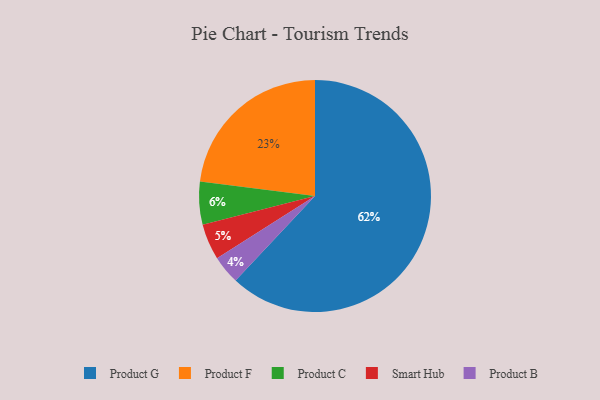
{"axis": {"x": "Category", "y": "Percentage"}, "legend": ["Product B", "Product C", "Product F", "Product G", "Smart Hub"], "data": [{"x": "Product B", "y": 4, "type": "Product B"}, {"x": "Product F", "y": 23, "type": "Product F"}, {"x": "Smart Hub", "y": 5, "type": "Smart Hub"}, {"x": "Product G", "y": 62, "type": "Product G"}, {"x": "Product C", "y": 6, "type": "Product C"}]}